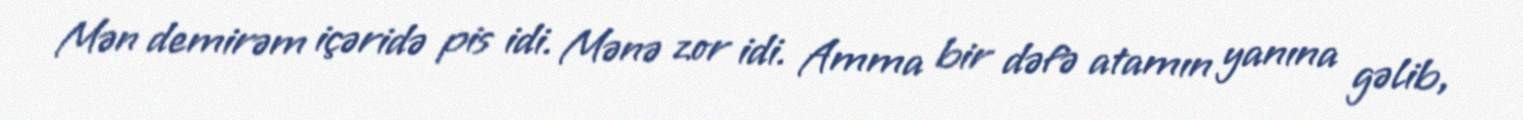
Mən demirəm içəridə pis idi. Mənə zor idi. Amma bir dəfə atamın yanına gəlib,